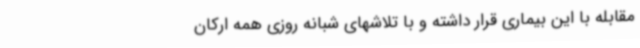
مقابله با این بیماری قرار داشته و با تلاشهای شبانه روزی همه ارکان